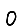
Digit: 0